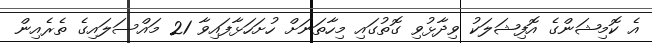
އެ ކޮމިޝަންގެ އޮފިޝަލަކު ވިދާޅުވި ގޮތުގައި މިހާތަނަށް ހުށަހަޅާފައިވާ 21 މައްސަލައިގެ ތެރެއިން